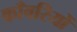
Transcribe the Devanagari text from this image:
काँवरियों